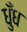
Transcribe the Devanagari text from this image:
धुँध